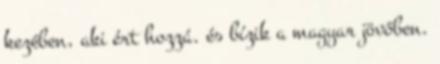
kezében, aki ért hozzá. és bízik a magyar jövőben.